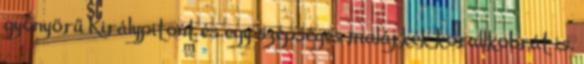
gyönyörű Királypitont és egy szépséges maláj kék korallkobrát is.